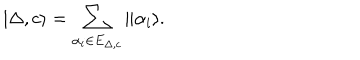
LaTeX: | \Delta , c \rangle = \sum _ { \alpha _ { i } \in E _ { \Delta , c } } \| \alpha _ { i } \rangle .